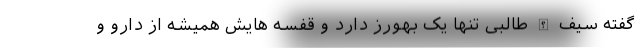
گفته سیف الله طالبی تنها یک بهورز دارد و قفسه هایش همیشه از دارو و